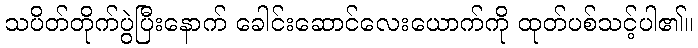
သပိတ်တိုက်ပွဲပြီးနောက် ခေါင်းဆောင်လေးယောက်ကို ထုတ်ပစ်သင့်ပါ၏။